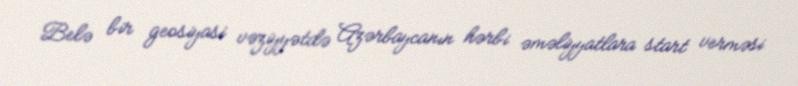
Belə bir geosiyasi vəziyyətdə Azərbaycanın hərbi əməliyyatlara start verməsi